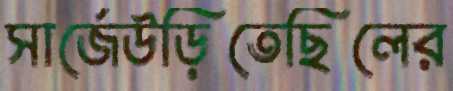
সার্জেউড়িতেছিলের